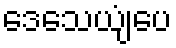
ဒေသေယျံပေ